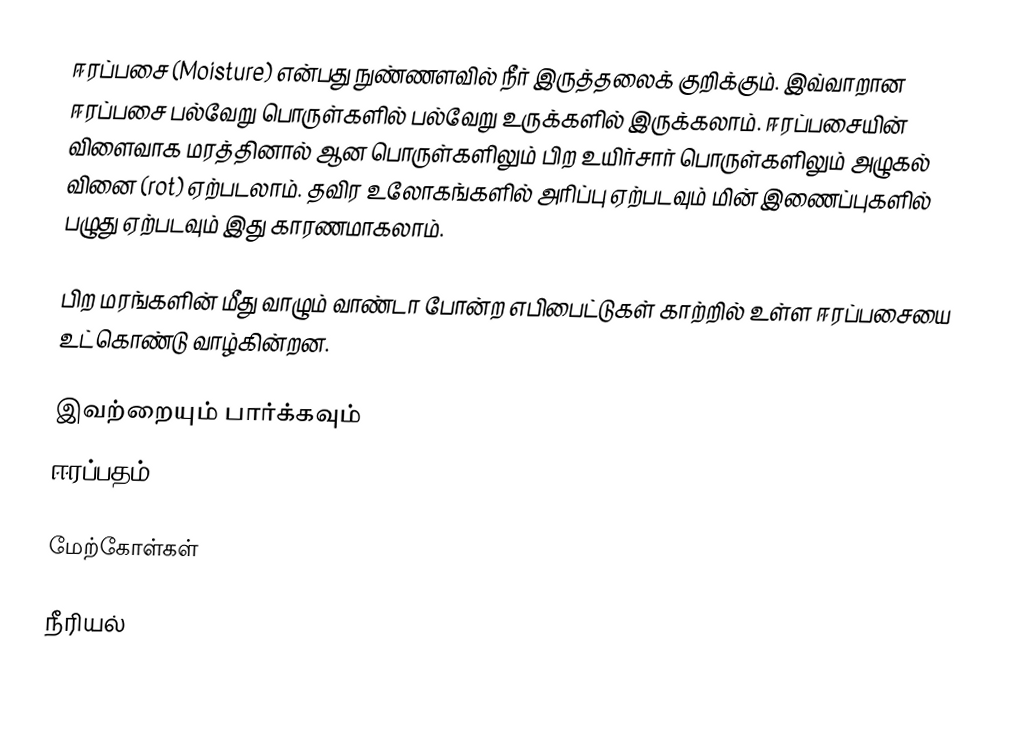
ஈரப்பசை (Moisture) என்பது நுண்ணளவில் நீர் இருத்தலைக் குறிக்கும். இவ்வாறான ஈரப்பசை பல்வேறு பொருள்களில் பல்வேறு உருக்களில் இருக்கலாம். ஈரப்பசையின் விளைவாக மரத்தினால் ஆன பொருள்களிலும் பிற உயிர்சார் பொருள்களிலும் அழுகல் வினை (rot) ஏற்படலாம். தவிர உலோகங்களில் அரிப்பு ஏற்படவும் மின் இணைப்புகளில் பழுது ஏற்படவும் இது காரணமாகலாம்.

பிற மரங்களின் மீது வாழும் வாண்டா போன்ற எபிபைட்டுகள் காற்றில் உள்ள ஈரப்பசையை உட்கொண்டு வாழ்கின்றன.

இவற்றையும் பார்க்கவும்
 ஈரப்பதம் (Humidity)

மேற்கோள்கள்

நீரியல்